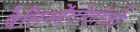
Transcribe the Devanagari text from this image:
पैलिओंटोलॉजी